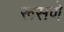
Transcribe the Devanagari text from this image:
रूसणे